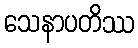
သေနာပတိဿ